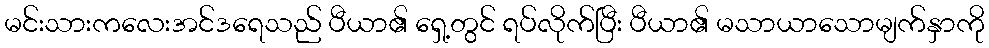
မင်းသားကလေးအင်ဒရေသည် ပီယာ၏ ရှေ့တွင် ရပ်လိုက်ပြီး ပီယာ၏ မသာယာသောမျက်နှာကို